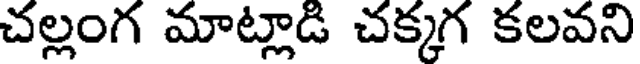
చల్లంగ మాట్లాడి చక్కగ కలవని